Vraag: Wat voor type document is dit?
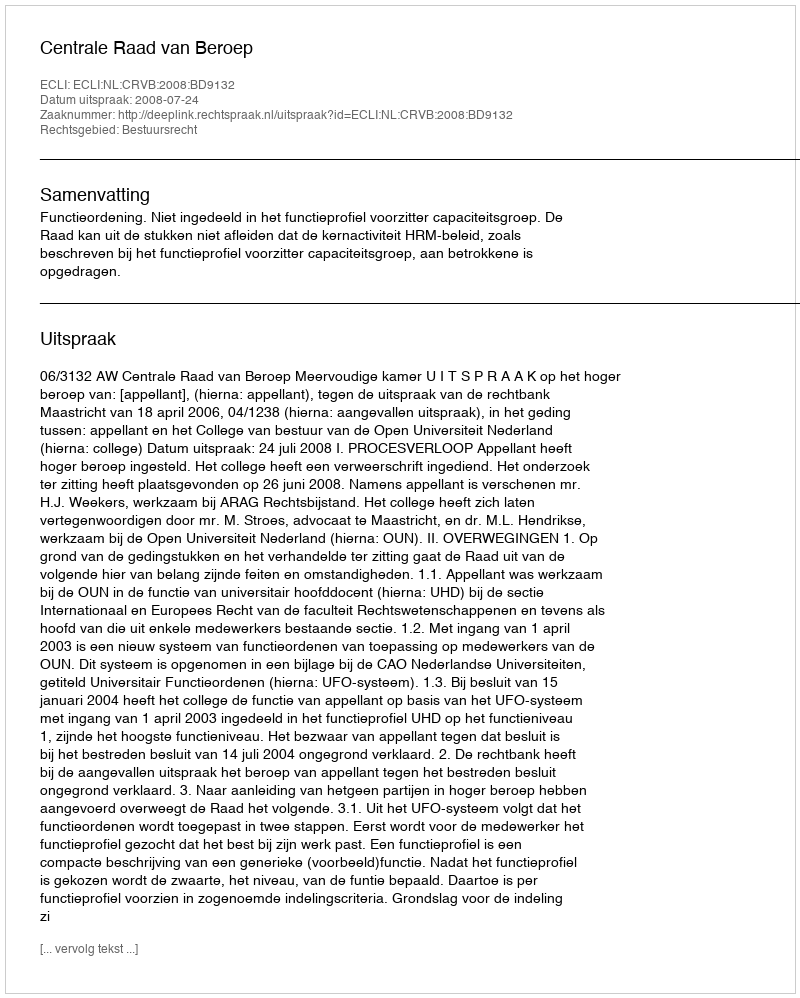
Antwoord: Uitspraak